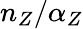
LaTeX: n_{Z}/\alpha_{Z}